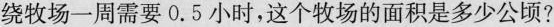
绕牧场一周需要0.5小时，这个牧场的面积是多少公顷?